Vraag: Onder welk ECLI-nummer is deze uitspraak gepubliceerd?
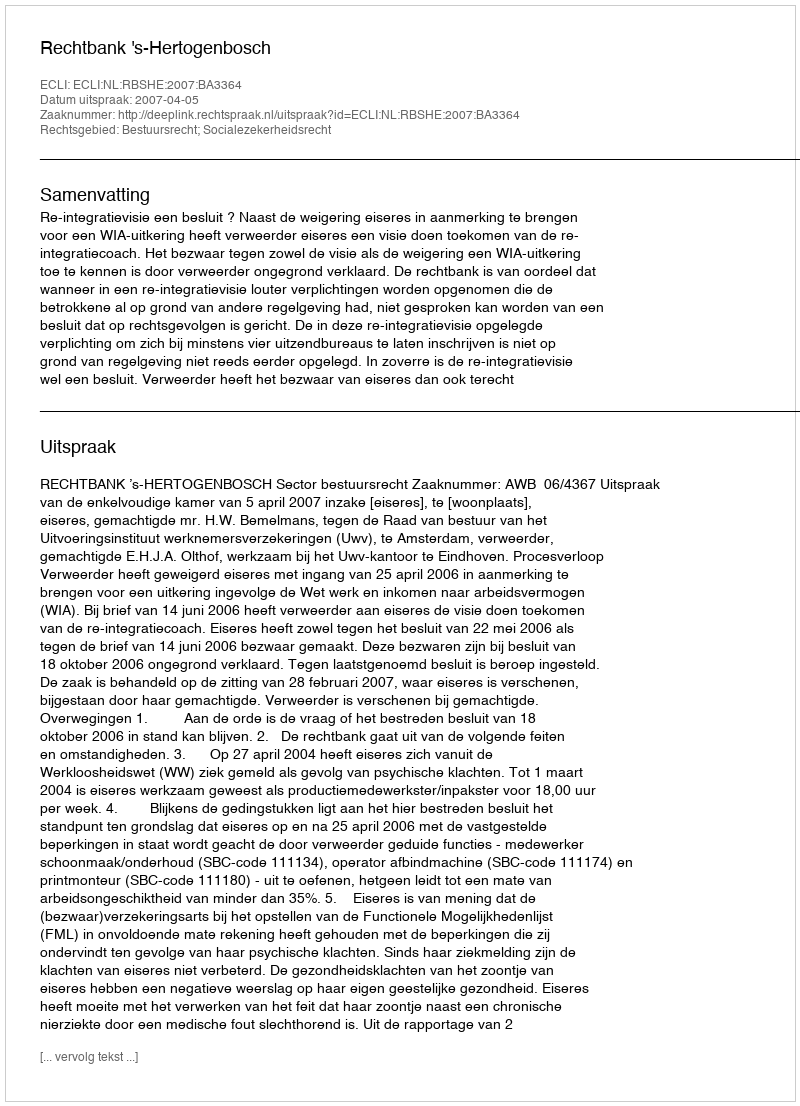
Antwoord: ECLI:NL:RBSHE:2007:BA3364